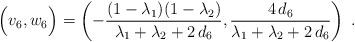
LaTeX: \begin{align*} \Big(v_6, w_6\Big) = \left( -\dfrac{(1-\lambda_1)(1-\lambda_2)}{\lambda_1+\lambda_2+ 2 \, d_6}, \dfrac{4 \,d_6}{\lambda_1+\lambda_2+ 2 \, d_6} \right) \;.\end{align*}